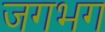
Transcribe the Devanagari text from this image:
जगभग